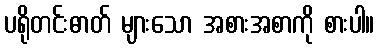
ပရိုတင်းဓာတ် များသော အစားအစာကို စားပါ။